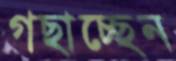
গছাচ্ছেন